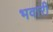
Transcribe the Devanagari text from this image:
भवारी